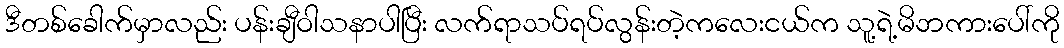
ဒီတစ်ခေါက်မှာလည်း ပန်းချီဝါသနာပါပြီး လက်ရာသပ်ရပ်လွန်းတဲ့ကလေးငယ်က သူ့ရဲ့မိဘကားပေါ်ကို